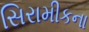
સિરામીકના